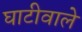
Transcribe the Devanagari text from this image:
घाटीवाले